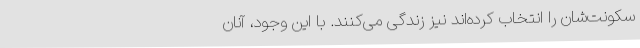
سکونت‌شان را انتخاب کرده‌اند نیز زندگی می‌کنند. با این وجود، آنان